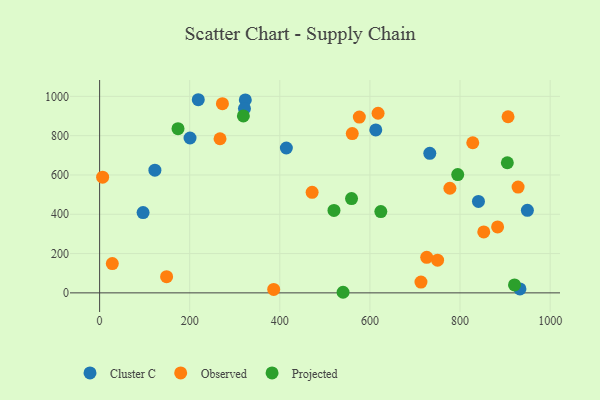
{"axis": {"x": "Study Hours", "y": "Rating"}, "legend": ["Cluster C", "Observed", "Projected"], "data": [{"x": "323.4", "y": 981.9, "type": "Cluster C"}, {"x": "96.5", "y": 408.6, "type": "Cluster C"}, {"x": "933.0", "y": 20.2, "type": "Cluster C"}, {"x": "949.5", "y": 419.9, "type": "Cluster C"}, {"x": "840.9", "y": 465.1, "type": "Cluster C"}, {"x": "321.5", "y": 937.9, "type": "Cluster C"}, {"x": "122.7", "y": 624.3, "type": "Cluster C"}, {"x": "219.0", "y": 982.8, "type": "Cluster C"}, {"x": "613.0", "y": 829.0, "type": "Cluster C"}, {"x": "732.9", "y": 709.9, "type": "Cluster C"}, {"x": "200.7", "y": 788.1, "type": "Cluster C"}, {"x": "414.5", "y": 737.2, "type": "Cluster C"}, {"x": "883.4", "y": 335.7, "type": "Observed"}, {"x": "777.5", "y": 532.4, "type": "Observed"}, {"x": "386.4", "y": 17.7, "type": "Observed"}, {"x": "618.1", "y": 914.1, "type": "Observed"}, {"x": "560.8", "y": 810.4, "type": "Observed"}, {"x": "6.7", "y": 588.5, "type": "Observed"}, {"x": "828.3", "y": 763.9, "type": "Observed"}, {"x": "148.7", "y": 82.4, "type": "Observed"}, {"x": "28.2", "y": 149.1, "type": "Observed"}, {"x": "267.3", "y": 784.2, "type": "Observed"}, {"x": "750.2", "y": 166.5, "type": "Observed"}, {"x": "713.3", "y": 55.0, "type": "Observed"}, {"x": "272.6", "y": 962.7, "type": "Observed"}, {"x": "928.9", "y": 538.4, "type": "Observed"}, {"x": "471.7", "y": 511.5, "type": "Observed"}, {"x": "852.7", "y": 310.0, "type": "Observed"}, {"x": "576.5", "y": 894.7, "type": "Observed"}, {"x": "906.6", "y": 896.2, "type": "Observed"}, {"x": "726.1", "y": 180.9, "type": "Observed"}, {"x": "559.2", "y": 479.6, "type": "Projected"}, {"x": "319.1", "y": 900.2, "type": "Projected"}, {"x": "794.9", "y": 602.1, "type": "Projected"}, {"x": "174.0", "y": 835.7, "type": "Projected"}, {"x": "905.0", "y": 662.0, "type": "Projected"}, {"x": "540.4", "y": 3.0, "type": "Projected"}, {"x": "520.2", "y": 419.6, "type": "Projected"}, {"x": "624.2", "y": 413.5, "type": "Projected"}, {"x": "920.9", "y": 40.5, "type": "Projected"}]}